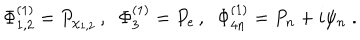
LaTeX: \Phi _ { 1 , 2 } ^ { ( 1 ) } = P _ { \chi _ { 1 , 2 } } \, , \; \; \Phi _ { 3 } ^ { ( 1 ) } = P _ { e } \, , \; \; \Phi _ { 4 n } ^ { ( 1 ) } = P _ { n } + i \psi _ { n } \; .